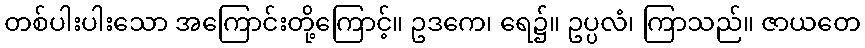
တစ်ပါးပါးသော အကြောင်းတို့ကြောင့်။ ဥဒကေ၊ ရေ၌။ ဥပ္ပလံ၊ ကြာသည်။ ဇာယတေ